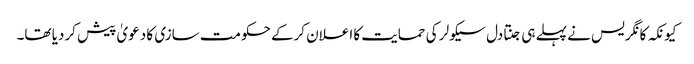
کیونکہ کانگریس نے پہلے ہی جنتادل سیکولر کی حمایت کا اعلان کرکے حکومت سازی کا دعویٰ پیش کردیا تھا۔